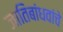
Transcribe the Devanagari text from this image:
जातिबांधवांचे